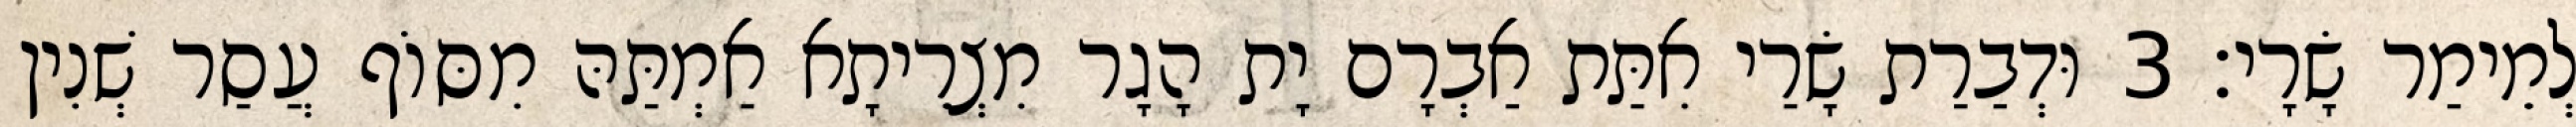
לְמֵימַר שָׂרָי׃ 3 וּדְבַרַת שָׂרַי אִתַּת אַבְרָם יָת הָגָר מִצְרֵיתָא אַמְתַּהּ מִסּוֹף עֲסַר שְׁנִין